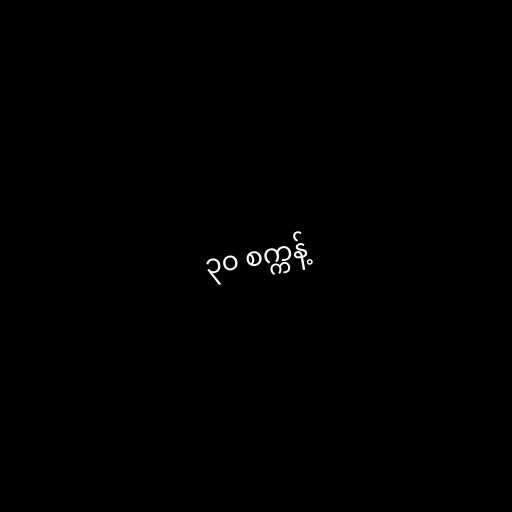
၃၀ စက္ကန့်